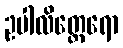
ဥပါလိတ္ထေရော